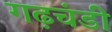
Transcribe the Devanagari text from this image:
गढ़चंडी